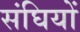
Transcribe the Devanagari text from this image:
संघियों